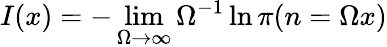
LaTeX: I(x)=-\operatorname*{lim}_{\Omega\to\infty}\Omega^{-1}\ln\pi(n=\Omega x)